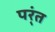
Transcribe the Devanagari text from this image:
पर्ंत